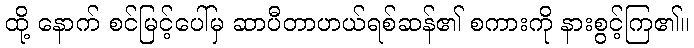
ထို့ နောက် စင်မြင့်ပေါ်မှ ဆာပီတာဟယ်ရစ်ဆန်၏ စကားကို နားစွင့်ကြ၏။